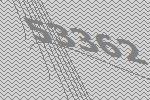
53362